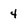
Character: 4